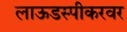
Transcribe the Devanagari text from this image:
लाऊडस्पीकरवर